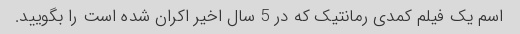
اسم یک فیلم کمدی رمانتیک که در 5 سال اخیر اکران شده است را بگویید.